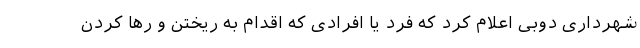
شهرداری دوبی اعلام کرد که فرد یا افرادی که اقدام به ریختن و رها کردن